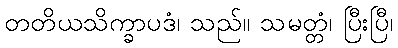
တတိယသိက္ခာပဒံ၊ သည်။ သမတ္တံ၊ ပြီးပြီ၊